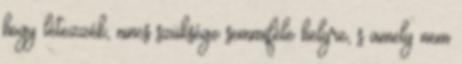
hogy létezzék, nincs szüksége semmiféle helyre, s amely nem